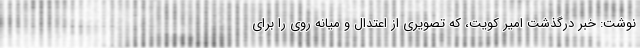
نوشت: خبر درگذشت امیر کویت، که تصویری از اعتدال و میانه روی را برای